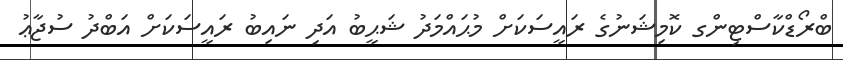
ބްރޯޑްކާސްޓިންގ ކޮމިޝަނުގެ ރައީސަކަށް މުޙައްމަދު ޝަޙީބު އަދި ނައިބު ރައީސަކަށް އަބްދު ސުޖާޢު